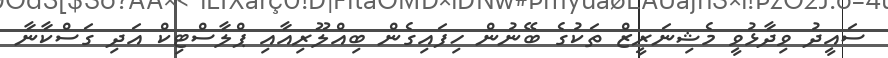
ސައީދު ވިދާޅުވީ މެޝިނަރީޒް ތަކުގެ ބޭނުން ހިފައިގެން ބިއްލޫރިއާއި ޕްލާސްޓިކް އަދި ގަސްކާނާ